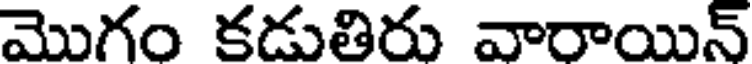
మొగం కడుతిరు వారాయిన్